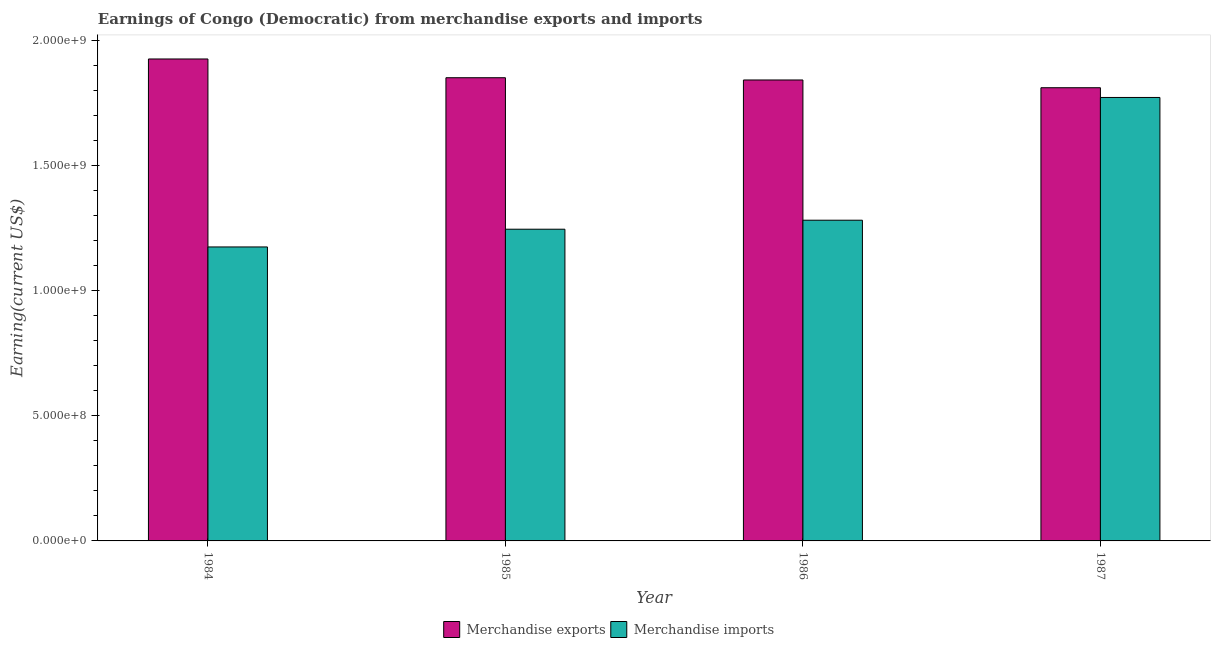
| Year | Merchandise exports | Merchandise imports |
 | --- | --- | --- |
 | 1984 | 1.93e+09 | 1.18e+09 |
 | 1985 | 1.85e+09 | 1.25e+09 |
 | 1986 | 1.84e+09 | 1.28e+09 |
 | 1987 | 1.81e+09 | 1.77e+09 |